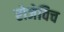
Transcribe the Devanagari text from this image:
रोजेविच